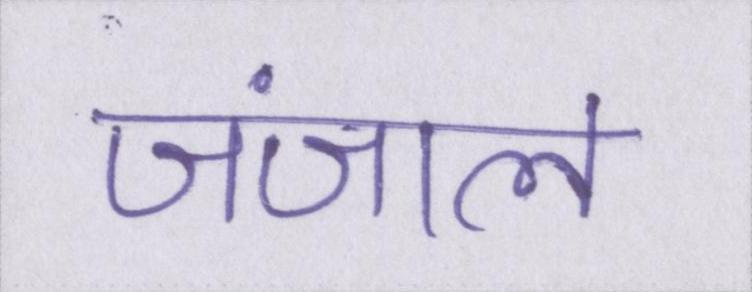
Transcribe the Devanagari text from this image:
जंजाल